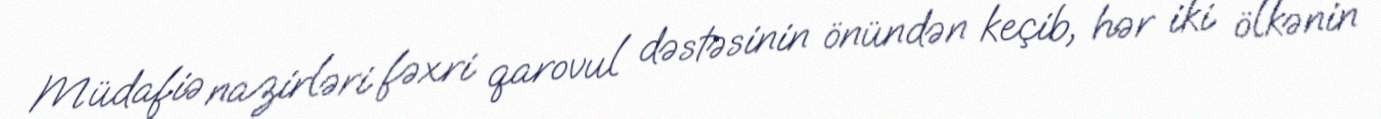
Müdafiə nazirləri fəxri qarovul dəstəsinin önündən keçib, hər iki ölkənin